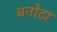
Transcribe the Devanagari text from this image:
बनोटा